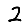
Digit: 2